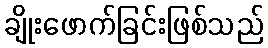
ချိုးဖောက်ခြင်းဖြစ်သည်